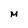
Character: M